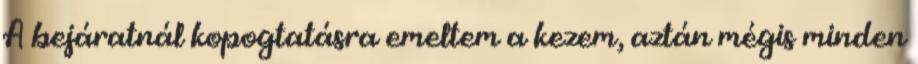
A bejáratnál kopogtatásra emeltem a kezem, aztán mégis minden